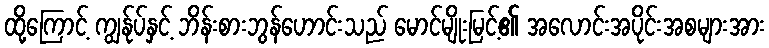
ထို့ကြောင့် ကျွန်ုပ်နှင့် ဘိန်းစားဘွန်ဟောင်းသည် မောင်မျိုးမြင့်၏ အလောင်းအပိုင်းအစများအား